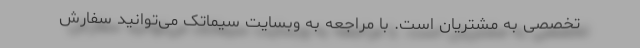
تخصصی به مشتریان است. با مراجعه به وبسایت سیماتک می‌­توانید سفارش